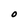
Character: 0